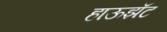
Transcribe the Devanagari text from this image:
हाऊझॅट